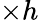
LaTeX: \times h